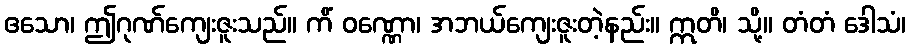
ဧသော၊ ဤဂုဏ်ကျေးဇူးသည်။ ကိံ ဝဏ္ဏော၊ အဘယ်ကျေးဇူးတဲ့နည်း။ ဣတိ၊ သို့။ တံတံ ဒေါသံ၊